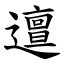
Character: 邅